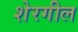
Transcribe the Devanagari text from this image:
शेरगील